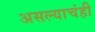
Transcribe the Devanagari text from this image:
असल्याचंही